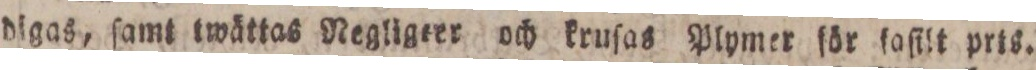
digas, ſamt twättas Negligeer och kruſas Plymer för ſaſilt prts.